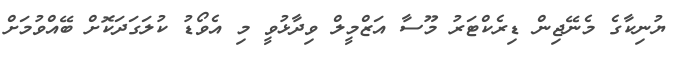
ޔުނިކާގެ މެނޭޖިން ޑިރެކްޓަރު މޫސާ އަޒްމީލް ވިދާޅުވީ މި އެވޯޑު ކުލަގަދަކޮށް ބޭއްވުމަށް